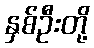
နှစ်ဦးတို့